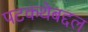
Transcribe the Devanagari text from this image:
पटकथेबद्दल